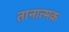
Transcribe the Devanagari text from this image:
तानात्मक